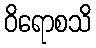
ဝိရောစသိ